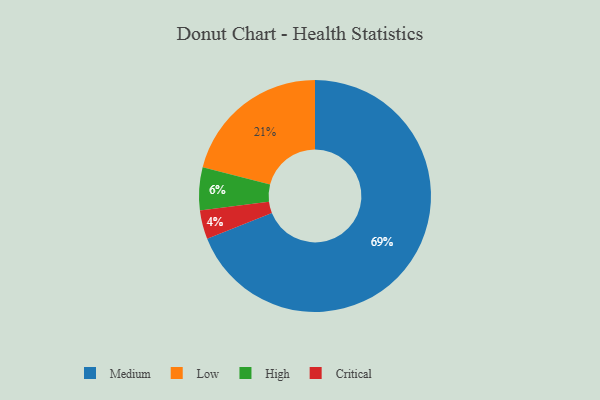
{"axis": {"x": "Category", "y": "Percentage"}, "legend": ["Critical", "High", "Low", "Medium"], "data": [{"x": "Medium", "y": 69, "type": "Medium"}, {"x": "Low", "y": 21, "type": "Low"}, {"x": "Critical", "y": 4, "type": "Critical"}, {"x": "High", "y": 6, "type": "High"}]}